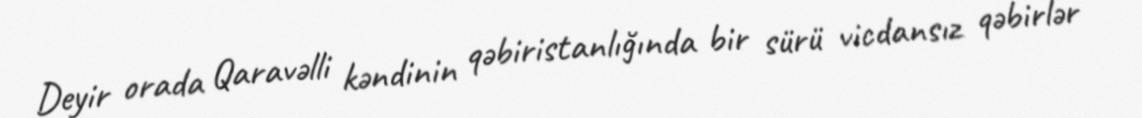
Deyir orada Qaravəlli kəndinin qəbiristanlığında bir sürü vicdansız qəbirlər